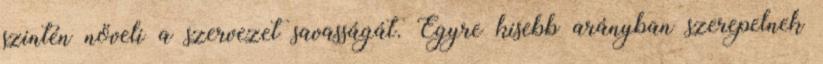
szintén növeli a szervezet savasságát. Egyre kisebb arányban szerepelnek